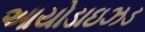
આયોડાઇઝડ